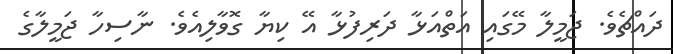
ދައްޗެވެ. ޖަމީލާ މޭގައި އަތްއަޅާ ދަރިފުޅާ އޭ ކިޔާ ގޮވާލިއެވެ. ނާސިހާ ޖަމީލާގެ